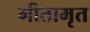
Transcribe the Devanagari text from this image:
गीतामृत